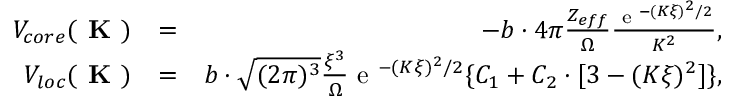
\begin{array} { r l r } { V _ { c o r e } ( \textbf { K } ) } & { = } & { - b \cdot 4 \pi \frac { Z _ { e f f } } { \Omega } \frac { \textrm { e } ^ { - ( K \xi ) ^ { 2 } / 2 } } { K ^ { 2 } } , } \\ { V _ { l o c } ( \textbf { K } ) } & { = } & { b \cdot \sqrt { ( 2 \pi ) ^ { 3 } } \frac { \xi ^ { 3 } } { \Omega } \textrm { e } ^ { - ( K \xi ) ^ { 2 } / 2 } \{ C _ { 1 } + C _ { 2 } \cdot [ 3 - ( K \xi ) ^ { 2 } ] \} , } \end{array}